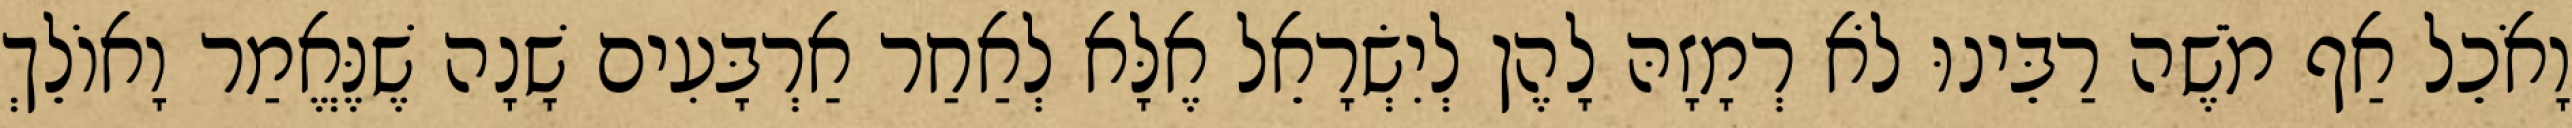
וָאֹכֵל אַף מֹשֶׁה רַבֵּינוּ לֹא רְמָזָהּ לָהֶן לְיִשְׂרָאֵל אֶלָּא לְאַחַר אַרְבָּעִים שָׁנָה שֶׁנֶּאֱמַר וָאוֹלֵךְ